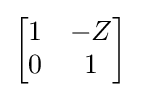
{\begin{bmatrix}1&-Z\\0&1\end{bmatrix}}